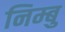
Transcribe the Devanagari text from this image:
निम्बु